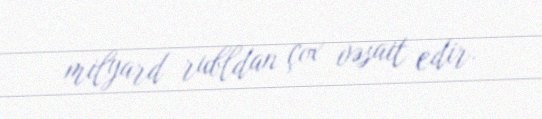
milyard rubldan çox vəsait edir.